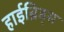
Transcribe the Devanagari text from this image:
हाईब्रिड्स